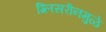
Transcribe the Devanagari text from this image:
ग्लिसरीनमुळे